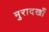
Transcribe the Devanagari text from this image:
मुरादखाँ